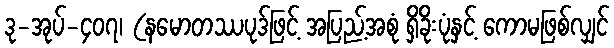
ဒု-အုပ်-၄၀၇၊ (နမောတဿပုဒ်ဖြင့် အပြည့်အစုံ ရှိခိုးပုံနှင့် ကောမဖြစ်လျှင်